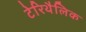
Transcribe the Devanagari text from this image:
टेरिथैलिक